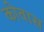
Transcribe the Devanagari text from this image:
कोवास